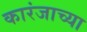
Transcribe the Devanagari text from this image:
कारंजाच्या